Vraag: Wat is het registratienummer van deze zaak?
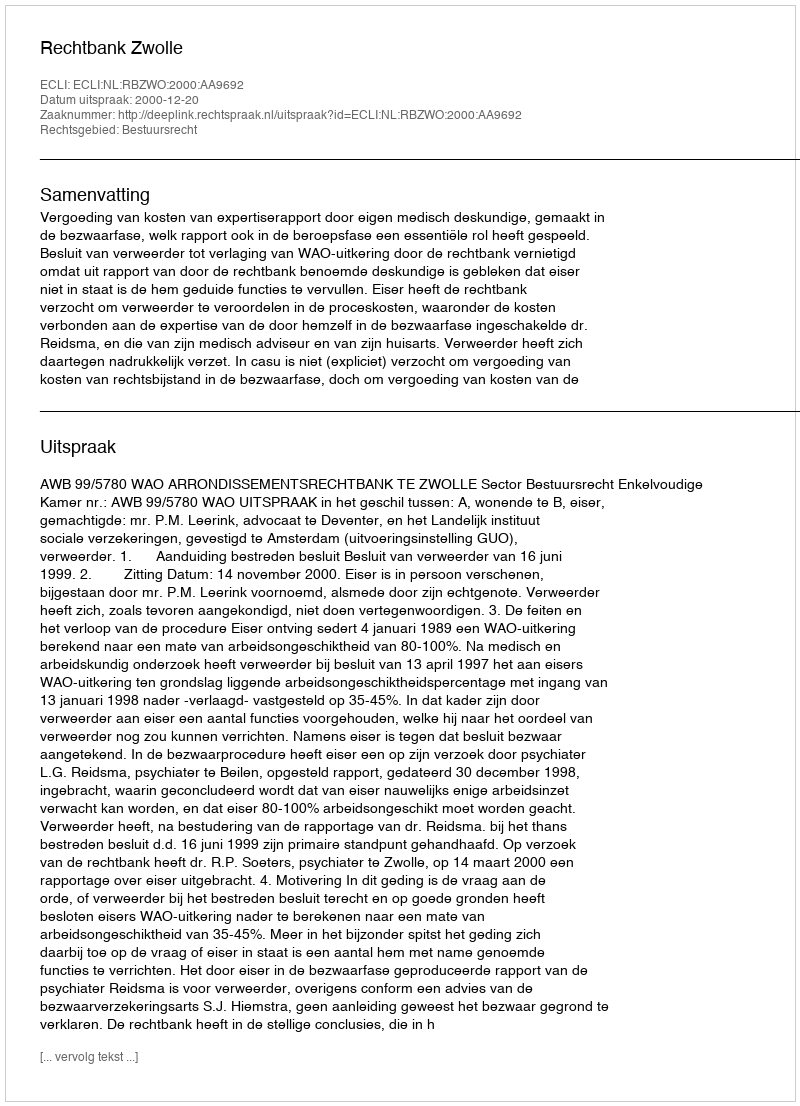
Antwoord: http://deeplink.rechtspraak.nl/uitspraak?id=ECLI:NL:RBZWO:2000:AA9692